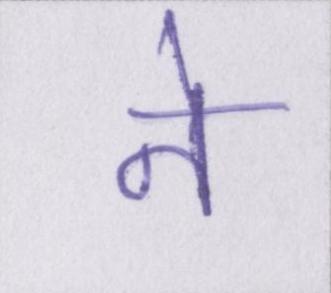
ने